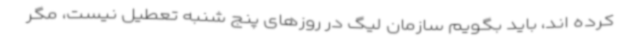
کرده اند، باید بگویم سازمان لیگ در روزهای پنج شنبه تعطیل نیست، مگر